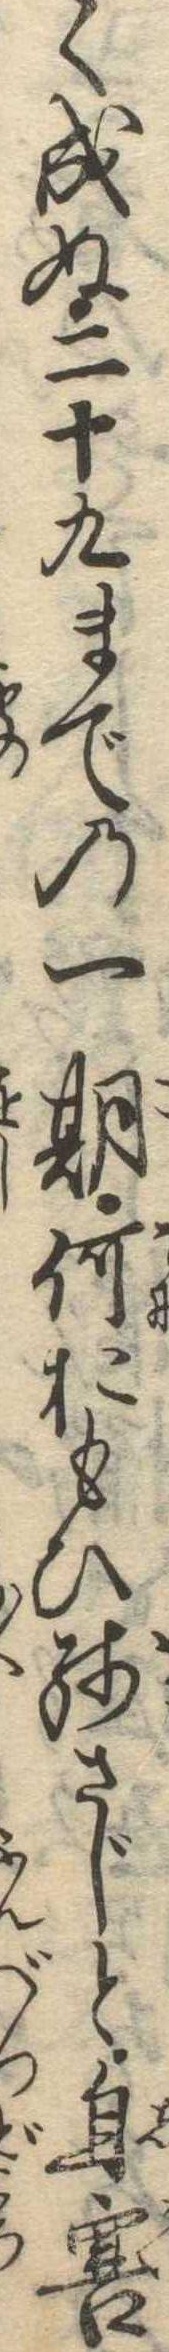
く成ぬ二十九までの一期何おもひ残さじと自害